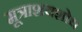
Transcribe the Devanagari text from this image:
मूत्राशयशोथ